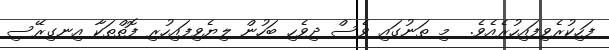
ފަހިކުރެވިފައިހުރެއެވެ.  މި ތަނުގައި ވެސް ދިވެހި ބަހުން ލިޔެވިފައިހުރި ފޮތްތަކާ އިނގިރޭސި